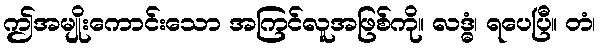
ဤအမျိုးကောင်းသော အကြင်လူအဖြစ်ကို။ လဒ္ဓံ၊ ရပေပြီ။ တံ၊